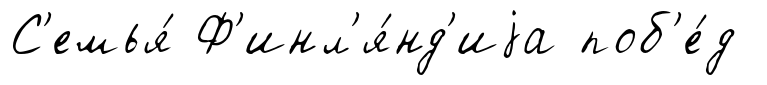
С'емья́ Ф'инл'я́нд'иjа поб'е́д